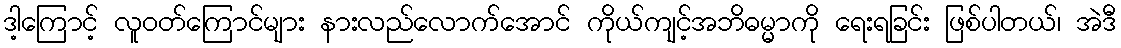
ဒါ့ကြောင့် လူဝတ်ကြောင်များ နားလည်လောက်အောင် ကိုယ်ကျင့်အဘိဓမ္မာကို ရေးရခြင်း ဖြစ်ပါတယ်၊ အဲဒီ